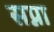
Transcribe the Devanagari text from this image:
सप्ना